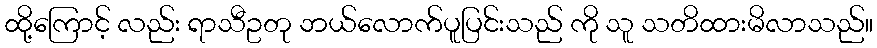
ထို့ကြောင့် လည်း ရာသီဥတု ဘယ်လောက်ပူပြင်းသည် ကို သူ သတိထားမိလာသည်။